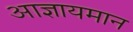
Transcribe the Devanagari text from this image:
आज्ञायमान